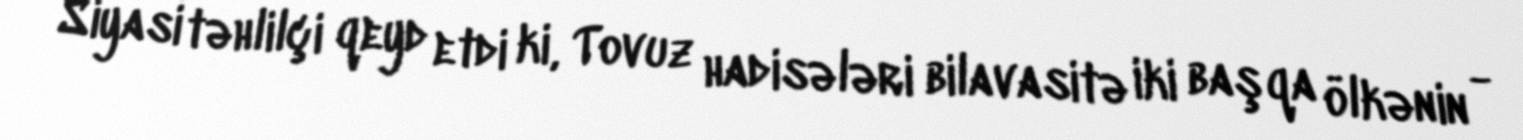
Siyasi təhlilçi qeyd etdi ki, Tovuz hadisələri bilavasitə iki başqa ölkənin -